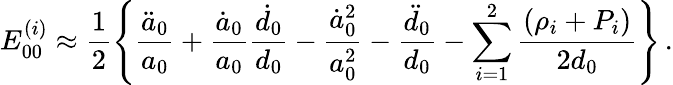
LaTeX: E_{00}^{(i)}\approx\frac{1}{2}\left\{ \frac{\ddot{a}_{0}}{a_{0}}+\frac{\dot{a}_{0}}{a_{0}}\frac{\dot{d}_{0}}{d_{0}}-\frac{\dot{a}_{0}^{2}}{a_{0}^{2}}-\frac{\ddot{d}_{0}}{d_{0}}-\sum_{i=1}^{2}\frac{(\rho_{i}+P_{i})}{2d_{0}}\right\} \, .